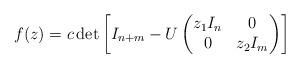
LaTeX: \begin{align*} f(z) = c \det\left[ I_{n+m} - U \begin{pmatrix} z_1 I_n & 0 \\ 0 & z_2 I_m\end{pmatrix} \right]\end{align*}